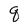
Character: q